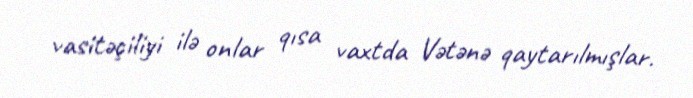
vasitəçiliyi ilə onlar qısa vaxtda Vətənə qaytarılmışlar.